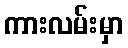
ကားလမ်းမှာ